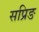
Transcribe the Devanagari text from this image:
सप्रिङ